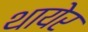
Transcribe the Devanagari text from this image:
थायेर